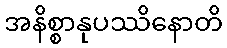
အနိစ္စာနုပဿိနောတိ